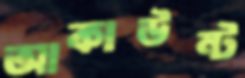
আকাউন্ট